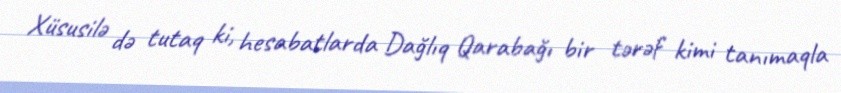
Xüsusilə də tutaq ki, hesabatlarda Dağlıq Qarabağı bir tərəf kimi tanımaqla